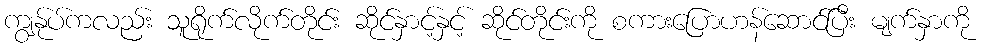
ကျွန်ုပ်ကလည်း သူရိုက်လိုက်တိုင်း ဆိုင်နှာင့်နှင့် ဆိုင်တိုင်းကို စကားပြောဟန်ဆောင်ပြီး မျက်နှာကို